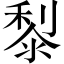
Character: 𪏭